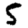
Digit: 5